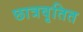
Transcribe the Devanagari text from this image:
छात्रवृतित